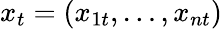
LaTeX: x_{t}=(x_{1t},\dots,x_{nt})